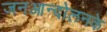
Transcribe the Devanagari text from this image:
जनआन्दोलनके